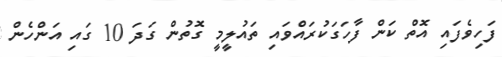
ފަހިވެފައި އޮތް ކަން ފާހަގަކުރައްވައި ތައުލީމީ ގޮތުން ގަދަ 10 ގައި އަންހެން